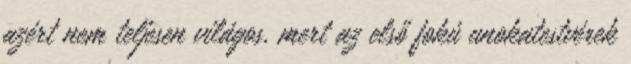
azért nem teljesen világos, mert az első fokú unokatestvérek